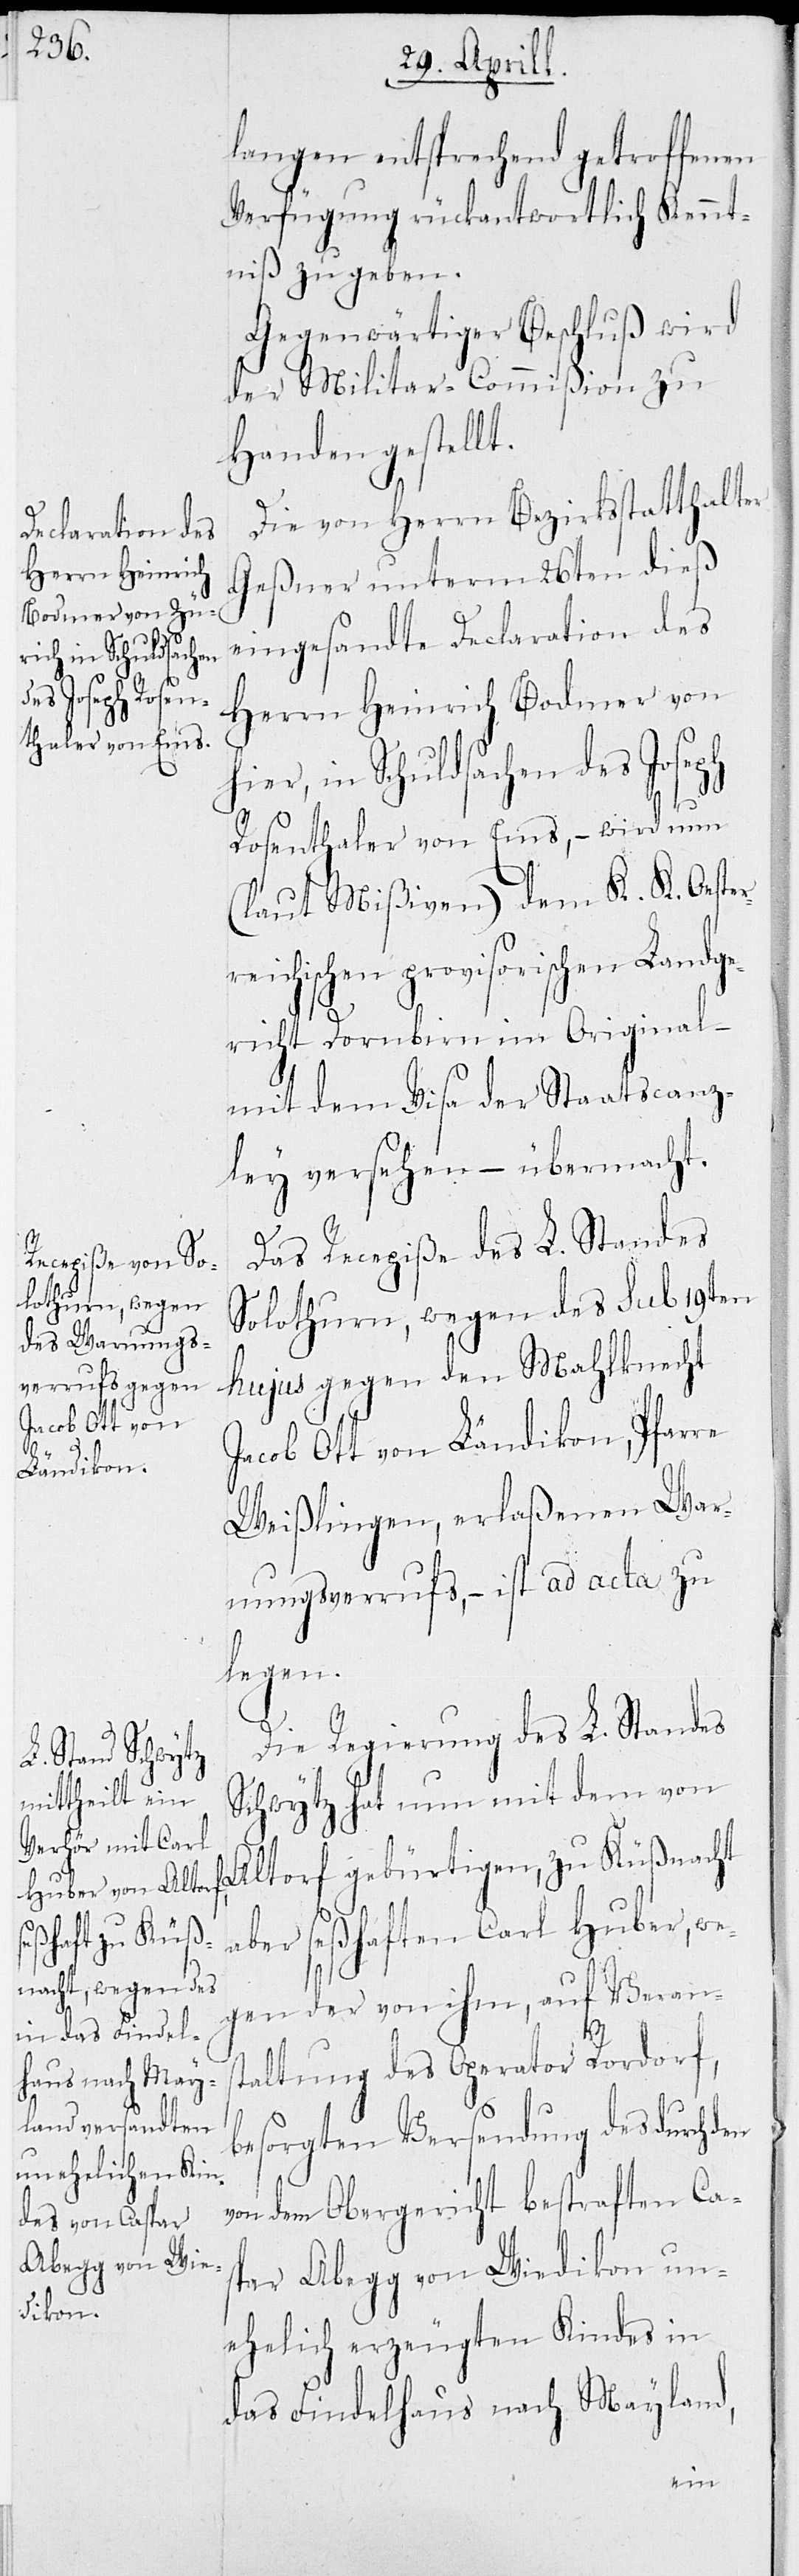
r¬

langen entsprechend getroffenen
Verfügung rückantwortlich Kennt¬
niß zu geben.
Gegenwärtiger Beschluß wird
der Militar-Commißion zu
Handen gestellt.
Die von Herrn Bezirksstatthalter
Geßner unterm 26ten dieß
eingesandte Declaration des
Herrn Heinrich Bodmer von
hier, in Schuldsachen des Joseph
Rosenthaler von Ems, – wird nun
(laut Mißiven) dem K. K. Oeste¬
reichischen provisorischen Landge¬
richt Dornbirn im Original –
mit dem Visa der Staatscanz¬
ley versehen – übermacht.
Das Recepiße des L. Standes
Solothurn, wegen des sub 19ten
hujus gegen den Mahlknecht
Jacob Ott von Ländikon, Pfarre
Weißlingen, erlaßenen War¬
nungsverrufs, – ist ad acta zu
legen.
Die Regierung des L. Standes
Schwytz hat nun mit dem von
Altdorf gebürtigen, zu Küßnacht
aber seßhaften Carl Huber, we¬
gen der von ihm, auf Verans¬
taltung des Operator Rordorf,
besorgten Versendung des durch
von dem Obergericht bestraften Cas¬
par Abegg von Wiedikon un¬
ehelich erzeugten Kindes in
das Findelhaus nach Mayland,